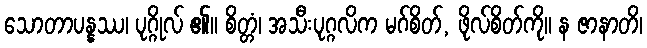
သောတာပန္နဿ၊ ပုဂ္ဂိုလ် ၏။ စိတ္တံ၊ အသီးပုဂ္ဂလိက မဂ်စိတ်, ဖိုလ်စိတ်ကို။ န ဇာနာတိ၊